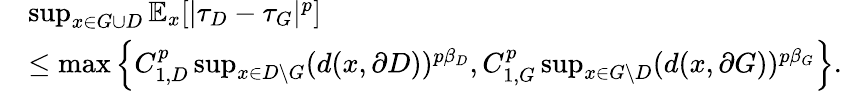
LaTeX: \begin{array}{rl}&{\operatorname*{sup}_{x\in G\cup D}\mathbb{E}_{x}[|\tau_{D}-\tau_{G}|^{p}]}\\ &{\le\operatorname*{max}\left\{ C_{1,D}^{p}\operatorname*{sup}_{x\in D\setminus{G}}(d(x,\partial D))^{p\beta_{D}},C_{1,G}^{p}\operatorname*{sup}_{x\in G\setminus{D}}(d(x,\partial G))^{p\beta_{G}}\right\} .}\end{array}